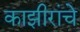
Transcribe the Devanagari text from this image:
काझीरांचे